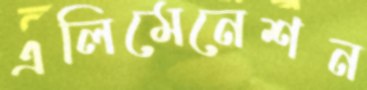
এলিমেনেশন